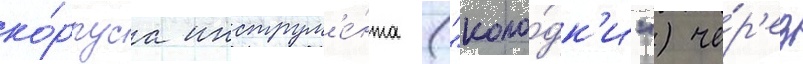
ко́рпуса инструм'е́нта ("коло́дк'и") че́р'ез